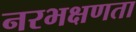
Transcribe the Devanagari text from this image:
नरभक्षणता